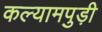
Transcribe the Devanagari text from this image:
कल्यामपुड़ी